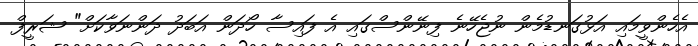
އެހެންވީމައި އަޅުގަނޑުމެން ނުޖެހޭނެ ފިނޭންސްގައި އެ ފައިސާ ހޯދަން އަބަދު ދަންނަވާކަށް" ޝަރީފް